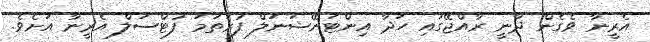
އެރީނާ ވެގެން ދާނީ ރާއްޖޭގައި ހަދާ އިންޓަނޭޝަނަލް ފުރަތަމަ ފުޓްސަލް އެރީނާ އަށެވެ.